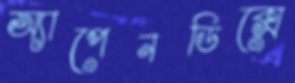
অ্যাপেনডিক্সে